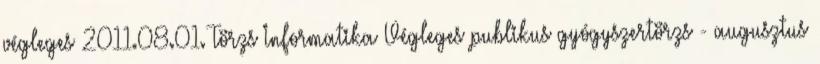
végleges 2011.08.01. Törzs Informatika Végleges publikus gyógyszertörzs - augusztus